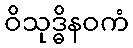
ဝိသုဒ္ဓိနဝကံ